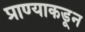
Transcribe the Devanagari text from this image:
प्राण्याकडून